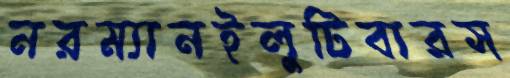
নরম্যানইলুটিবারস